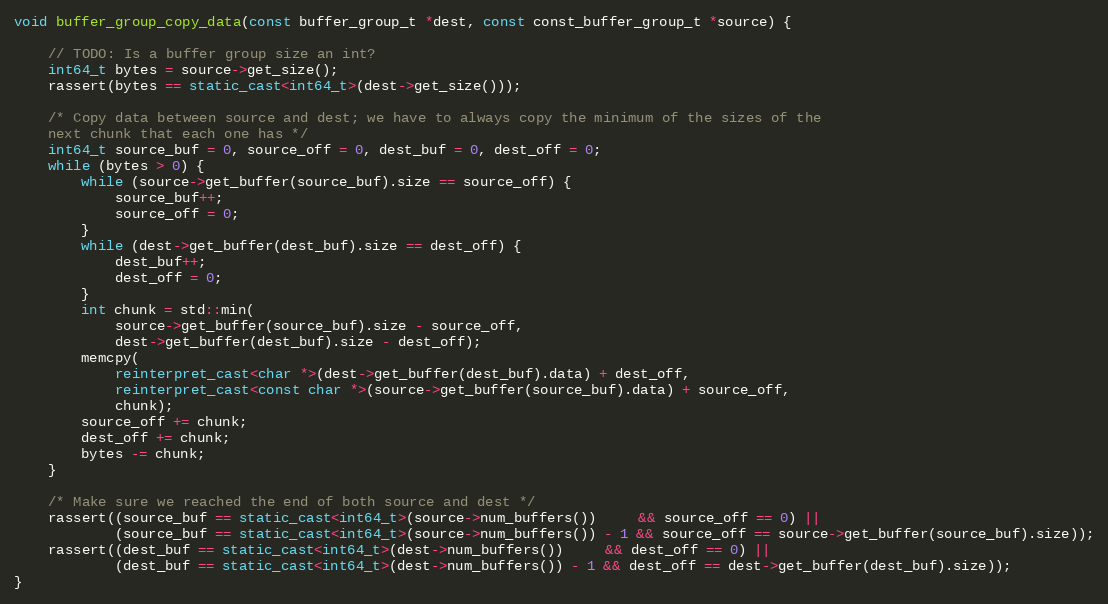
Language: C++
void buffer_group_copy_data(const buffer_group_t *dest, const const_buffer_group_t *source) {

    // TODO: Is a buffer group size an int?
    int64_t bytes = source->get_size();
    rassert(bytes == static_cast<int64_t>(dest->get_size()));

    /* Copy data between source and dest; we have to always copy the minimum of the sizes of the
    next chunk that each one has */
    int64_t source_buf = 0, source_off = 0, dest_buf = 0, dest_off = 0;
    while (bytes > 0) {
        while (source->get_buffer(source_buf).size == source_off) {
            source_buf++;
            source_off = 0;
        }
        while (dest->get_buffer(dest_buf).size == dest_off) {
            dest_buf++;
            dest_off = 0;
        }
        int chunk = std::min(
            source->get_buffer(source_buf).size - source_off,
            dest->get_buffer(dest_buf).size - dest_off);
        memcpy(
            reinterpret_cast<char *>(dest->get_buffer(dest_buf).data) + dest_off,
            reinterpret_cast<const char *>(source->get_buffer(source_buf).data) + source_off,
            chunk);
        source_off += chunk;
        dest_off += chunk;
        bytes -= chunk;
    }

    /* Make sure we reached the end of both source and dest */
    rassert((source_buf == static_cast<int64_t>(source->num_buffers())     && source_off == 0) ||
            (source_buf == static_cast<int64_t>(source->num_buffers()) - 1 && source_off == source->get_buffer(source_buf).size));
    rassert((dest_buf == static_cast<int64_t>(dest->num_buffers())     && dest_off == 0) ||
            (dest_buf == static_cast<int64_t>(dest->num_buffers()) - 1 && dest_off == dest->get_buffer(dest_buf).size));
}